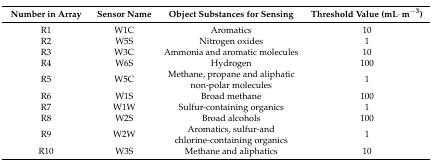
<table><thead><tr><td><b>Number in Array</b></td><td><b>Sensor Name</b></td><td><b>Object Substances for Sensing</b></td><td><b>Threshold Value (mL·m<sup>−3</sup>)</b></td></tr></thead><tbody><tr><td>R1</td><td>W1C</td><td>Aromatics</td><td>10</td></tr><tr><td>R2</td><td>W5S</td><td>Nitrogen oxides</td><td>1</td></tr><tr><td>R3</td><td>W3C</td><td>Ammonia and aromatic molecules</td><td>10</td></tr><tr><td>R4</td><td>W6S</td><td>Hydrogen</td><td>100</td></tr><tr><td>R5</td><td>W5C</td><td>Methane, propane and aliphatic non-polar molecules</td><td>1</td></tr><tr><td>R6</td><td>W1S</td><td>Broad methane</td><td>100</td></tr><tr><td>R7</td><td>W1W</td><td>Sulfur-containing organics</td><td>1</td></tr><tr><td>R8</td><td>W2S</td><td>Broad alcohols</td><td>100</td></tr><tr><td>R9</td><td>W2W</td><td>Aromatics, sulfur-and chlorine-containing organics</td><td>1</td></tr><tr><td>R10</td><td>W3S</td><td>Methane and aliphatics</td><td>10</td></tr></tbody></table>